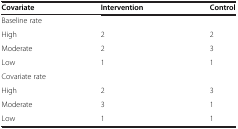
| Covariate | Intervention | Control |
 | --- | --- | --- |
 | <COLSPAN=3> Baseline rate |
 | High | 2 | 2 |
 | Moderate | 2 | 3 |
 | Low | 1 | 1 |
 | <COLSPAN=3> Covariate rate |
 | High | 2 | 3 |
 | Moderate | 3 | 1 |
 | Low | 1 | 1 |